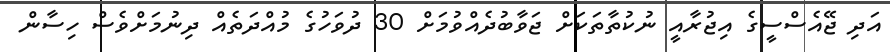
އަދި ޖޭއެސްސީގެ އިޖުރާއީ ނުކުތާތަކަށް ޖަވާބުދެއްވުމަށް 30 ދުވަހުގެ މުއްދަތެއް ދިނުމަށްވެސް ހިސާން